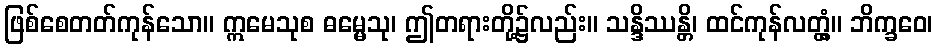
ဖြစ်စေတတ်ကုန်သော။ ဣမေသုစ ဓမ္မေသု၊ ဤတရားတို့၌လည်း။ သန္ဒိဿန္တိ၊ ထင်ကုန်လတ္တံ့။ ဘိက္ခဝေ၊